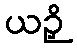
ယဉှိ